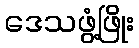
ဒေသဖွံ့ဖြိုး